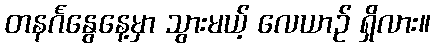
တနင်္ဂနွေနေ့မှာ သွားမယ့် လေယာဉ် ရှိလား။